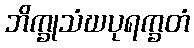
ဘိက္ခုသံဃပုရက္ခတံ